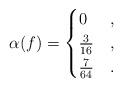
LaTeX: \begin{align*} \alpha(f) = \begin{cases} 0 & , \\ \frac{3}{16} & , \\ \frac{7}{64} & . \end{cases}\end{align*}